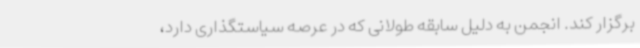
برگزار کند. انجمن به دلیل سابقه طولانی که در عرصه سیاستگذاری دارد،